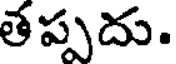
తప్పదు.